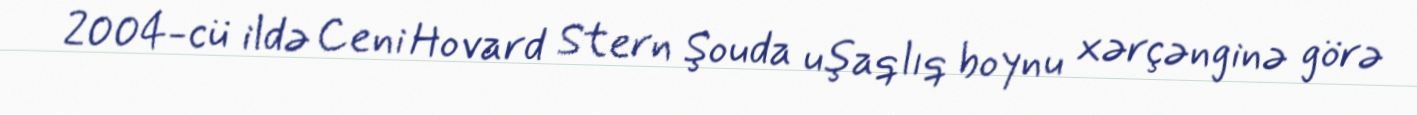
2004-cü ildə Ceni Hovard Stern Şouda uşaqlıq boynu xərçənginə görə